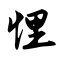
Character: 悝